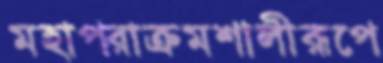
মহাপরাক্রমশালীরূপে